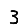
Digit: 3